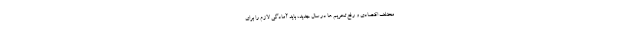
مختلف اقتصادی و رفع تحریم ها در سال جدید، باید آمادگی لازم را برای